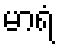
မာရံ